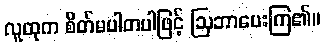
လူထုက စိတ်မပါတပါဖြင့် ဩဘာပေးကြ၏။